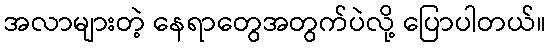
အလာများတဲ့ နေရာတွေအတွက်ပဲလို့ ပြောပါတယ်။